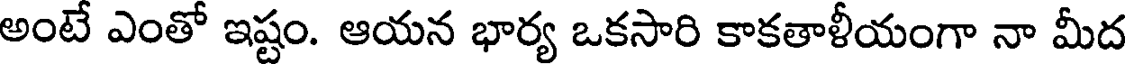
అంటే ఎంతో ఇష్టం. ఆయన భార్య ఒకసారి కాకతాళీయంగా నా మీద